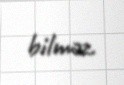
bilməz.